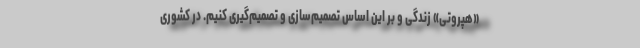
«هپروتی» زندگی و بر این اساس تصمیم‌سازی و تصمیم‌گیری کنیم. در کشوری